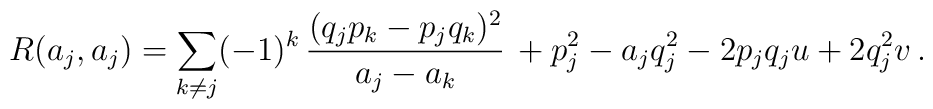
R(a_j,a_j)=\sum_{k\neq j}(-1)^k\,  {(q_j p_k - p_j q_k)^2\over a_j - a_k} \,+ p_j^2 - a_j q_j^2 - 2 p_j q_j u + 2 q_j^2 v \, .